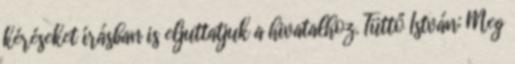
kéréseket írásban is eljuttatjuk a hivatalhoz. Tüttő István: Meg